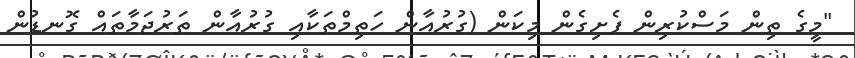
"މީގެ ތިން މަސްކުރިން ފެށިގެން މިކަން (ގުރުއާން ހަތިމްތަކާއި ގުރުއާން ތަރުޖަމާތައް ގޮނޑުން